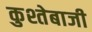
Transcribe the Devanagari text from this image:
कुश्तेबाजी